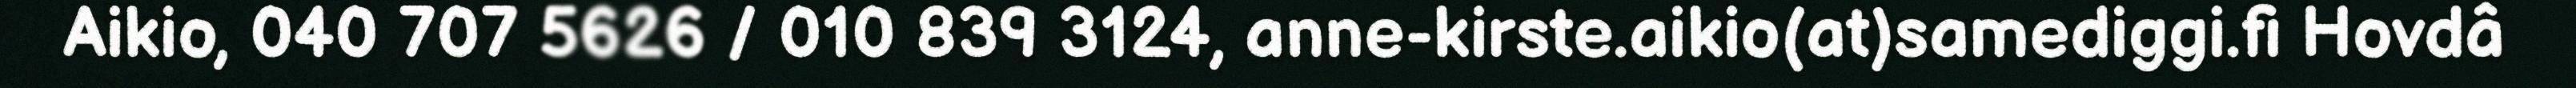
Aikio, 040 707 5626 / 010 839 3124, anne-kirste.aikio(at)samediggi.fi Hovdâ